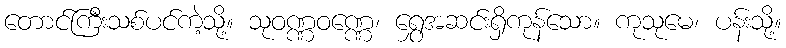
တောင်ကြီးသစ်ပင်ကဲ့သို့။ သုဝဏ္ဏဝဏ္ဏေ၊ ရွှေအဆင်းရှိကုန်သော။ ကုသုမေ၊ ပန်းသို့။